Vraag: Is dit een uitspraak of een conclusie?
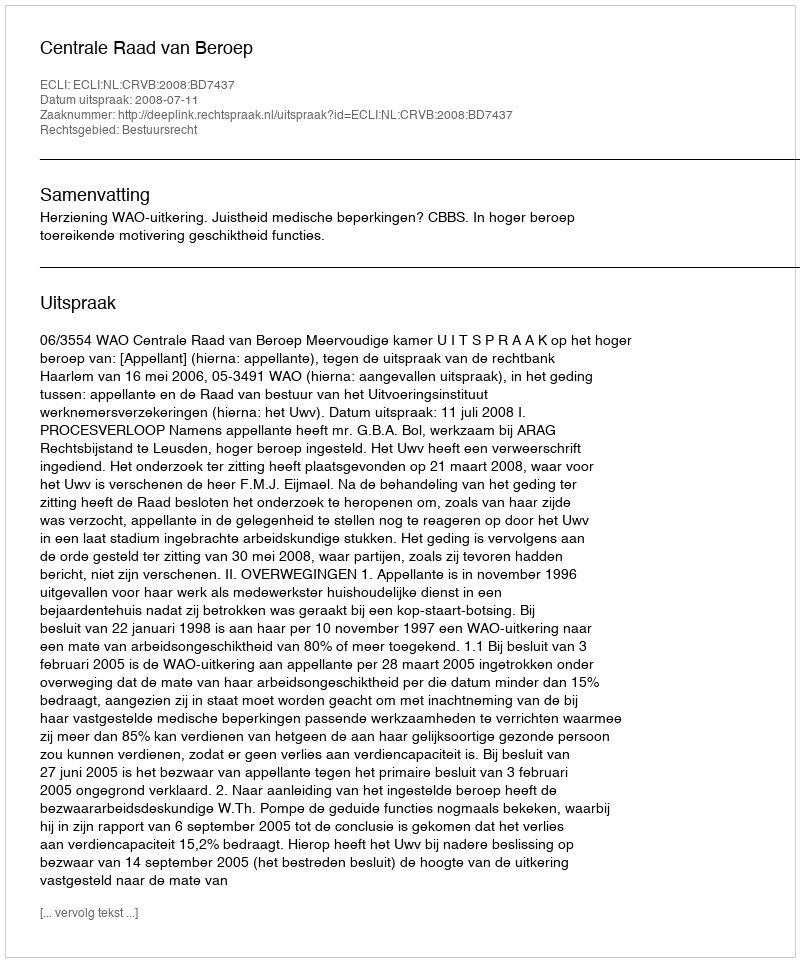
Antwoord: Uitspraak